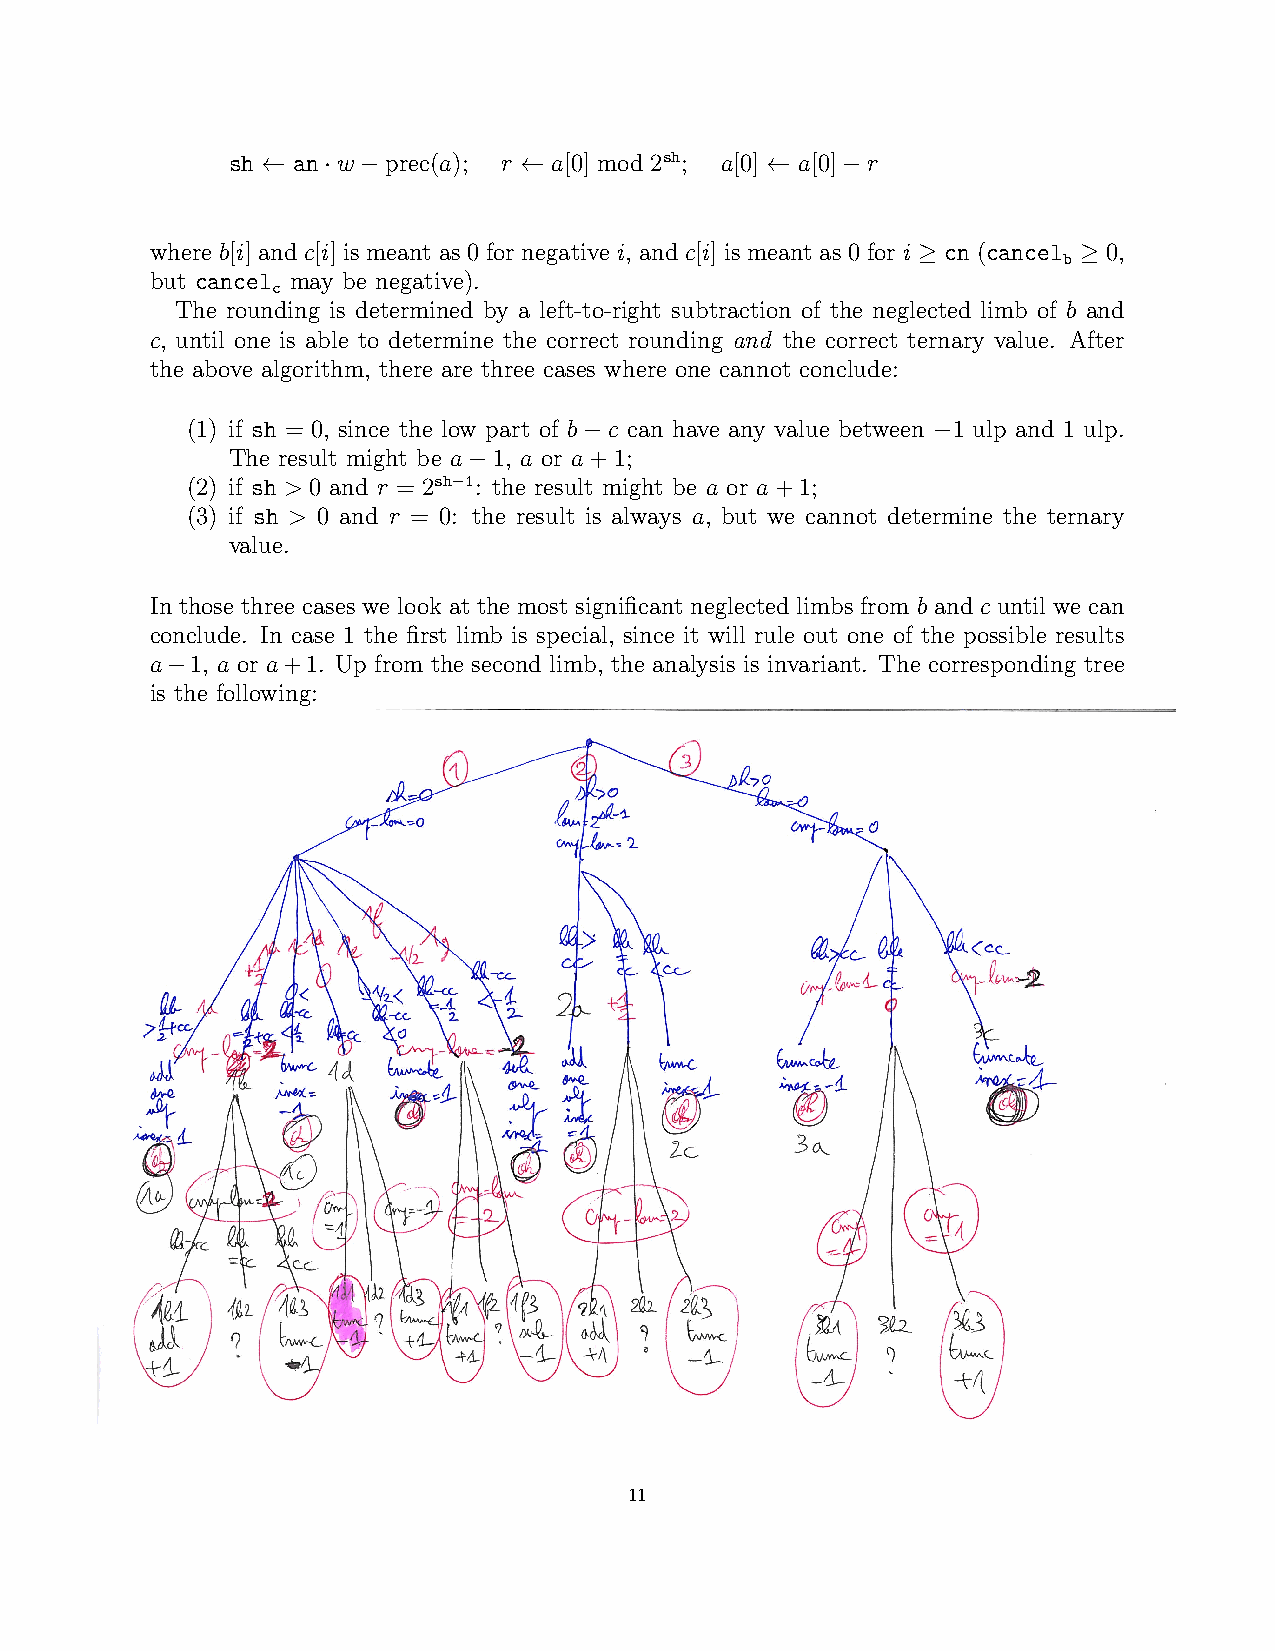
sh ← an·w−prec(a); r ← a[0] mod 2sh; a[0] ← a[0]−r
 where b[i] and c[i] is meant as 0 for negative i, and c[i] is meant as 0 for i ≥ cn (cancel ≥ 0,
 b
 but cancel may be negative).
 c
 The rounding is determined by a left-to-right subtraction of the neglected limb of b and
 c, until one is able to determine the correct rounding and the correct ternary value. After
 the above algorithm, there are three cases where one cannot conclude:
 (1) if sh = 0, since the low part of b−c can have any value between −1 ulp and 1 ulp.
 The result might be a−1, a or a+1;
 (2) if sh > 0 and r = 2sh−1: the result might be a or a+1;
 (3) if sh > 0 and r = 0: the result is always a, but we cannot determine the ternary
 value.
 In those three cases we look at the most significant neglected limbs from b and c until we can
 conclude. In case 1 the first limb is special, since it will rule out one of the possible results
 a−1, a or a+1. Up from the second limb, the analysis is invariant. The corresponding tree
 is the following:
 11